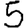
Digit: 5